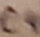
Text: C4